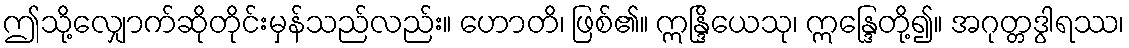
ဤသို့လျှောက်ဆိုတိုင်းမှန်သည်လည်း။ ဟောတိ၊ ဖြစ်၏။ ဣန္ဒြိယေသု၊ ဣန္ဒြေတို့၍။ အဂုတ္တဒွါရဿ၊